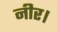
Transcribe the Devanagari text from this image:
नीर।